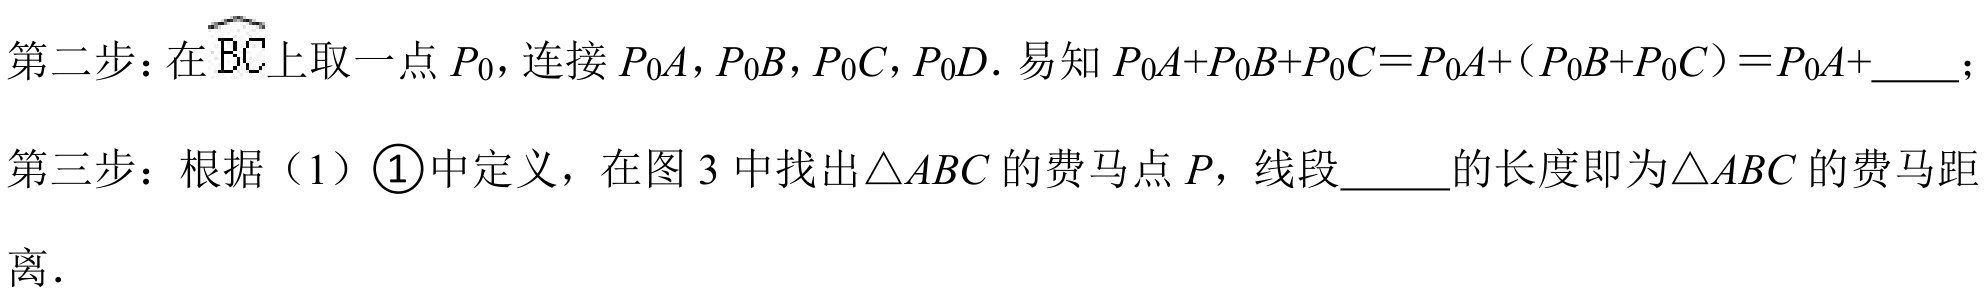
第二步：在\(\overset{\frown}{BC}\)上取一点\(P_{0}\)，连接\(P_{0}A\)，\(P_{0}B\)，\(P_{0}C\)，\(P_{0}D\). 易知\(P_{0}A + P_{0}B + P_{0}C=P_{0}A+(P_{0}B + P_{0}C)=P_{0}A+\underline{\quad\quad}\)；
第三步：根据（1）\(\textcircled{1}\)中定义，在图 3 中找出\(\triangle ABC\)的费马点\(P\)，线段\(\underline{\quad\quad}\)的长度即为\(\triangle ABC\)的费马距离.